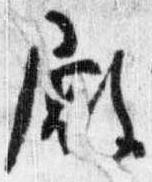
殿